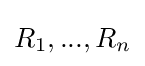
{\textstyle R_{1},...,R_{n}}